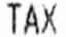
TAX